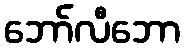
ဘော်လီဘော